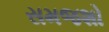
સમજશો